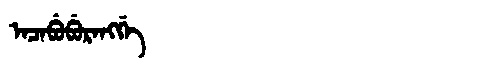
Manchu: ᠠᠴᠠᠪᡠᠪᡠᡵᠠᠩᡤᡝ
Romanization: ACABUBURANGGE